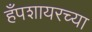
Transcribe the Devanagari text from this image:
हँपशायरच्या